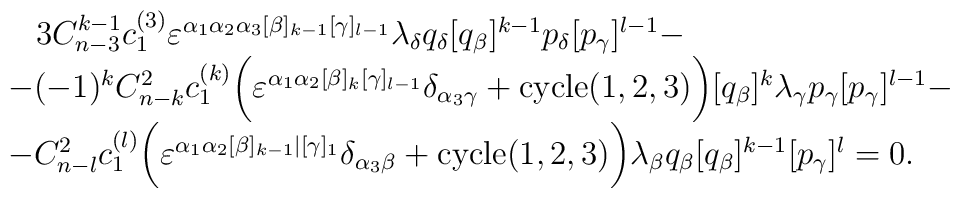
\begin{array}{l}\,\,\,\,\,3C^{k-1}_{n-3}c_1^{(3)}\varepsilon^{\alpha_1\alpha_2\alpha_3[\beta]_{k-1}[\gamma]_{l-1}}\lambda_\delta q_\delta[q_\beta]^{k-1}p_\delta[p_\gamma]^{l-1}- \\-(-1)^kC_{n-k}^2c_1^{(k)}\biggl(\varepsilon^{\alpha_1\alpha_2[\beta]_k[\gamma]_{l-1}}\delta_{\alpha_3\gamma}+\hbox{cycle}(1,2,3)\biggr)[q_\beta] ^k\lambda_\gamma p_\gamma[p_\gamma]^{l-1}- \\-C_{n-l}^2c_1^{(l)}\biggl(\varepsilon^{\alpha_1\alpha_2[\beta]_{k-1}|[\gamma]_1}\delta_{\alpha_3\beta}+\hbox{cycle}(1,2,3)\biggr)\lambda_\beta q_\beta [q_\beta]^{k-1}[p_\gamma]^l=0.\end{array}